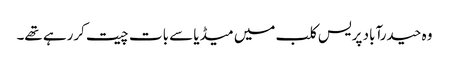
وہ حیدرآباد پریس کلب میں میڈیا سے بات چیت کررہے تھے۔